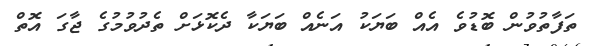
ތަފާތުވުން ބޮޑުވެ އެއް ބަޔަކު އަނެއް ބަޔަކާ ދެކޮޅަށް ތެދުވުމުގެ ޖާގަ އޮތް